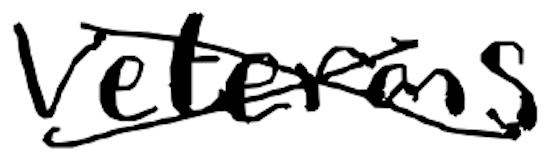
Text: Veterans
Cross-out: cross
Writing tool: digital_black